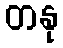
တနု